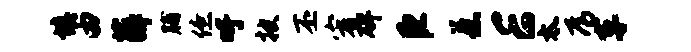
填由薛脯僚吁披丕宥碑臣惹E太焉车